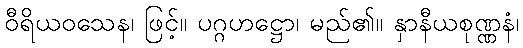
ဝီရိယဝသေန၊ ဖြင့်။ ပဂ္ဂဟဋ္ဌော၊ မည်၏။ နှာနီယစုဏ္ဏနံ၊